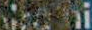
Mahi